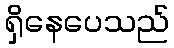
ရှိနေပေသည်